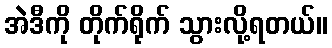
အဲဒီကို တိုက်ရိုက် သွားလို့ရတယ်။